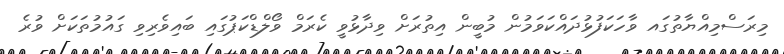
މިރަސްމިއްޔާތުގައ ވާހަކަފުޅުދައްކަވަމުން މުބީން އިތުރަށް ވިދާޅުވީ ކެރަމް ވޯލްޑްކަޕުގައި ބައިވެރިވި ގައުމުތަކަށް ވުރެ